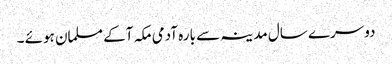
دوسرے سال مدینہ سے بارہ آدمی مکہ آکے مسلمان ہوئے ۔